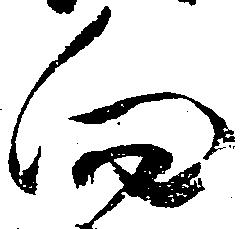
向